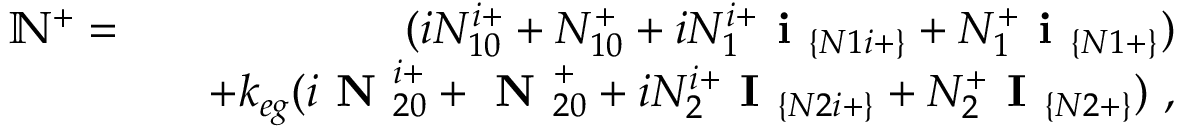
\begin{array} { r l r } { \mathbb { N } ^ { + } = } & { } & { ( i N _ { 1 0 } ^ { i + } + N _ { 1 0 } ^ { + } + i N _ { 1 } ^ { i + } \textbf { i } _ { \{ N 1 i + \} } + N _ { 1 } ^ { + } \textbf { i } _ { \{ N 1 + \} } ) } \\ & { } & { + k _ { e g } ( i \textbf { N } _ { 2 0 } ^ { i + } + \textbf { N } _ { 2 0 } ^ { + } + i N _ { 2 } ^ { i + } \textbf { I } _ { \{ N 2 i + \} } + N _ { 2 } ^ { + } \textbf { I } _ { \{ N 2 + \} } ) ~ , } \end{array}